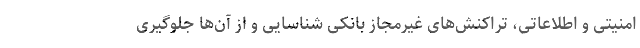
امنیتی و اطلاعاتی، تراکنش‌های غیرمجاز بانکی شناسایی و از آن‌ها جلوگیری